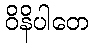
ဝိနိပါတေ